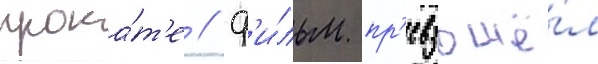
прока́т'е / ф'и́льм пр'евзошё́л